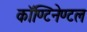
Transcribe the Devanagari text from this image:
कॉण्टिनेण्टल